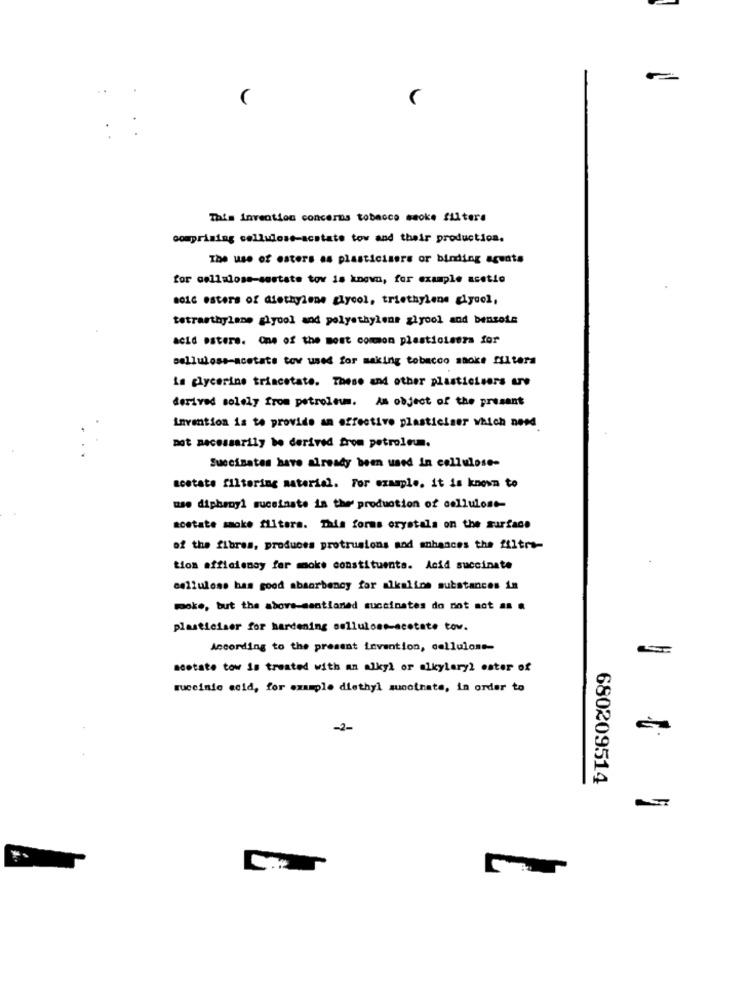
This invention concerns tobacco smoke filters
comprising cellulose-acstate tov and their production.
The use of esters as plasticisors or binding agents
for cellulose-sestate tov is known, for example acetic
so16 esters of diethylene glycol, triethylene glycol,
tetrasthylene glycol and polyethylene ziyool and bensote
acid Daters. One of the most common plasticiseza for
cellulose-acetate tov used for making tobacco smoke filtera
is glycerine triacetate. These and other plasticisers ure
derived solely from petroleum. An object of the present
Luvention is to provide an effective plasticiser which need
not necessarily be derived from petroleum.
Succimates have already been used in cellulose-
acetate filtering material. For example, it is known to
use diphenyl succinate is the production of cellulose-
aostate smoke flitara. This forms orystala on the surface
of the fibres, produces protrusions and enhances the ffitra-
tion efficiency far moke constituents. Acid succinate
cellulose has good absorbency for alkaline substances in
moke, but the above-mentioned succinates do not mot == =
plasticiser for hardening cellulose-acetate tov.
According to the present invention, cellulose-
acetate tow is treated with an alkyl or alkyleryl ester of
guccinie acid, for example diethyl sunothate, in order to
-2-
680209514